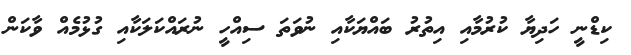
ކިޑްނީ ހަދިޔާ ކުރުމާއި އިތުރު ބައްޔަކާއި ނުވަތަ ސިއްހީ ނުރައްކަލަކާއި ގުޅުމެއް ވާކަން